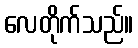
လေတိုက်သည်။